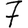
Digit: 7